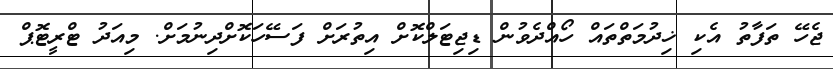
ޖެހޭ ތަފާތު އެކި ޚިދުމަތްތައް ހޯއްދެވުން ޑިޖިޓަލްކޮށް އިތުރަށް ފަސޭހަކޮށްދިނުމަށް. މިއަދު ޓްރީޓޮޕް